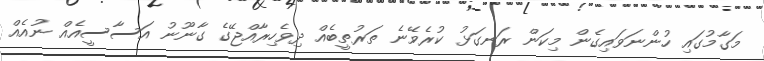
މަގާމުގައި ހުންނަވައިގެން މިކަން ރަނގަޅު ކުރެވޭނެ ތަރުތީބެއް ދިވެހިރާއްޖޭގެ ގާނޫނު އަސާސީއެއް ނުއެއް